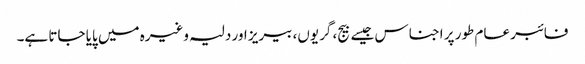
فائبر عام طور پر اجناس جیسے بیج، گریوں، بیریز اور دلیہ وغیرہ میں پایا جاتا ہے۔